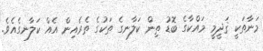
މަނާތަކީ ޤަދީމީ މައްކާގެ ބޮޑު ތިން ކަލާނގެ ތަކުގެ ތެރެއިން އެއް ކަލާނގެއެވެ.